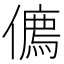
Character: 𠏰